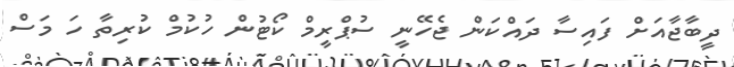
ދީބާޖާއަށް ފައިސާ ދައްކަން ޖެހޭނީ ސުޕްރީމް ކޯޓުން ހުކުމް ކުރިތާ ހަ މަސް